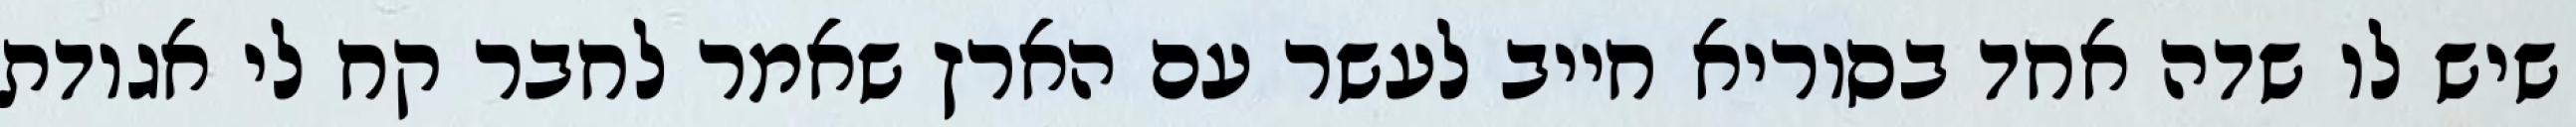
שיש לו שדה אחד בסוריא חייב לעשר עם הארץ שאמר לחבר קח לי אגודת